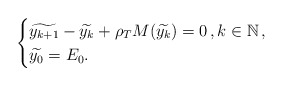
\begin{align*}\begin{cases} \widetilde{y_{k+1}}- \widetilde{y_k} + \rho_T M(\widetilde{y_k})=0\,, k \in \mathbb{N}\,,\\\widetilde{y_0}=E_0.\end{cases}\end{align*}